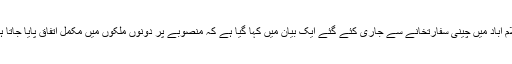
اسلام آباد میں چینی سفارتخانے سے جاری کئے گئے ایک بیان میں کہا گیا ہے کہ منصوبے پر دونوں ملکوں میں مکمل اتفاق پایا جاتا ہے۔